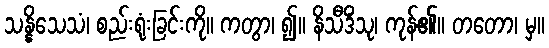
သန္နိသေသံ၊ စည်းရုံးခြင်းကို။ ကတွာ၊ ၍။ နိသီဒိံသု၊ ကုန်၏။ တတော၊ မှ။